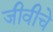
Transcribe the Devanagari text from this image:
जीवीचे